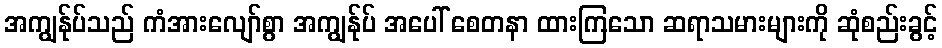
အကျွန်ုပ်သည် ကံအားလျော်စွာ အကျွန်ုပ် အပေါ် စေတနာ ထားကြသော ဆရာသမားများကို ဆုံစည်းခွင့်